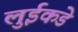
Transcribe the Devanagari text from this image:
लुईकडे